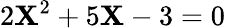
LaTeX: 2\mathbf{X}^{2}+5\mathbf{X}-3=0